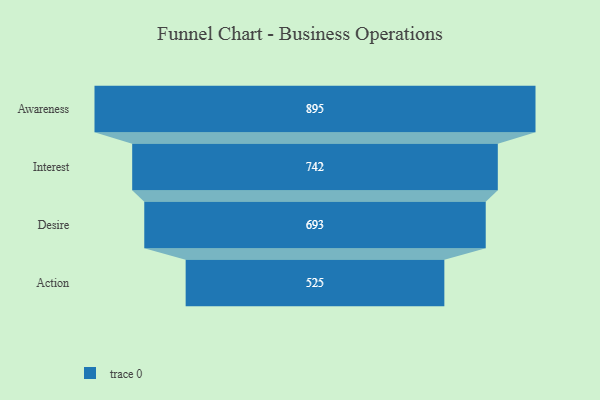
{"axis": {"x": "Stage", "y": "Value"}, "legend": [""], "data": [{"x": "Awareness", "y": 895.0, "type": ""}, {"x": "Interest", "y": 742.0, "type": ""}, {"x": "Desire", "y": 693.0, "type": ""}, {"x": "Action", "y": 525.0, "type": ""}]}